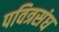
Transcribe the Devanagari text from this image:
पवित्रसंघ